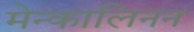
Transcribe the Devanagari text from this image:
मेन्कालिनन